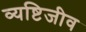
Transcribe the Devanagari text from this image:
व्यष्टिजीव